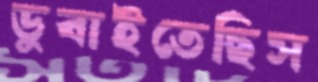
ডুবাইতেছিস